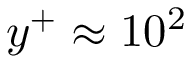
y ^ { + } \approx 1 0 ^ { 2 }